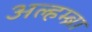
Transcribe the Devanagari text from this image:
अल्हम्ब्रा